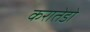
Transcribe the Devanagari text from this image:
करातेडो